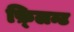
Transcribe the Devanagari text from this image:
फ़्लिन्ट